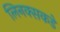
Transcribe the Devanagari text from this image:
लिनक्सकडे